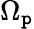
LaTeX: \Omega_{\mathtt{p}}